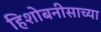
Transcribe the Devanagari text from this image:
हिशोबनीसाच्या